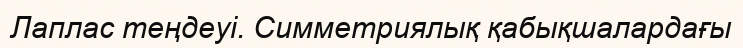
Лаплас теңдеуі. Симметриялық қабықшалардағы